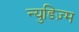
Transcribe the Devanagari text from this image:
न्युडिज़्म